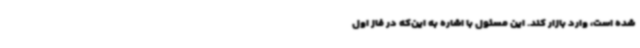
شده است، وارد بازار کند. این مسئول با اشاره به این‌که در فاز اول